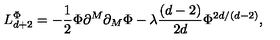
L _ { d + 2 } ^ { \Phi } = - \frac { 1 } { 2 } \Phi \partial ^ { M } \partial _ { M } \Phi - \lambda \frac { \left( d - 2 \right) } { 2 d } \Phi ^ { 2 d / \left( d - 2 \right) } ,